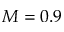
M = 0 . 9